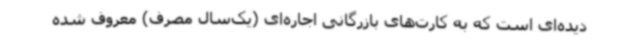
دیده‌ای است که به کارت‌های بازرگانی اجاره‌ای (یک‌سال مصرف) معروف شده